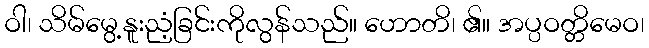
ဝါ၊ သိမ်မွေ့နူးညံ့ခြင်းကိုလွန်သည်။ ဟောတိ၊ ၏။ အပ္ပဝတ္တိမေဝ၊